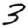
Digit: 3